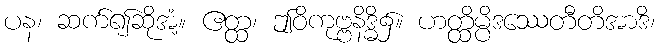
ပန၊ ဆက်၍ဆိုအံ့။ ဧတ္ထ၊ ဤဝိကုဗ္ဗနိဒ္ဓိ၌။ ဟတ္ထိမ္ပိဒဿေတီတိအာဒိ၊